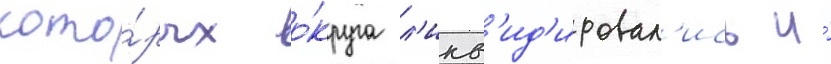
кото́рых о́круга л'икв'ид'ировал'ись и́